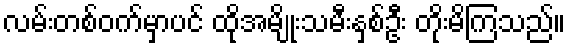
လမ်းတစ်ဝက်မှာပင် ထိုအမျိုးသမီးနှစ်ဦး တိုးမိကြသည်။